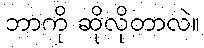
ဘာကို ဆိုလိုတာလဲ။